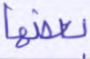
بعضها